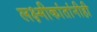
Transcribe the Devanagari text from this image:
लक्ष्मीकांतांनीही